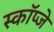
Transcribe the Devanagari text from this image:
स्कॉप्जे